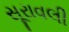
સૂરાવલી